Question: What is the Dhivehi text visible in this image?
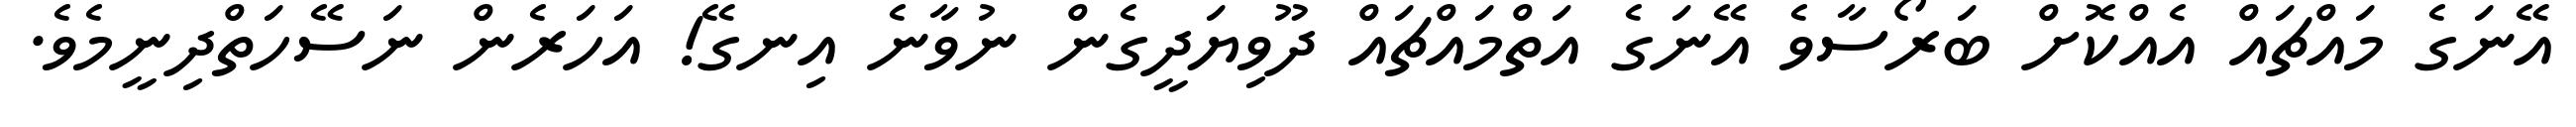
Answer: އޭނަގެ މައްޗައް އެއްކޮށް ބަރޯސާވެ އޭނަގެ އަތްމައްޗައް ދޫވިޔަދީގެން ނުވާނެ އިނގޭ! އަހަރެން ނަސޭހަތްދިނީމެވެ.